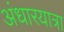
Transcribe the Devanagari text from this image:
अंधारयात्रा